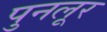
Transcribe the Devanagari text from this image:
पुनलूर